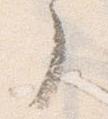
了